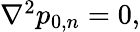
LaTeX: \begin{array}{r}{\nabla^{2}p_{0,n}=0,}\end{array}